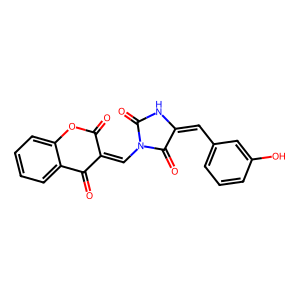
SMILES: O=C1Oc2ccccc2C(=O)C1=CN1C(=O)NC(=Cc2cccc(O)c2)C1=O
Inhibits HIV replication: No